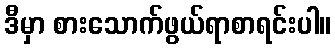
ဒီမှာ စားသောက်ဖွယ်ရာစာရင်းပါ။